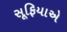
સૂફિયાએ